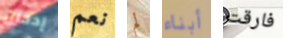
إدخال نعم لم أبناء فارقت